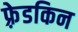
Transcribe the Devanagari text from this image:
फ़्रेडकिन